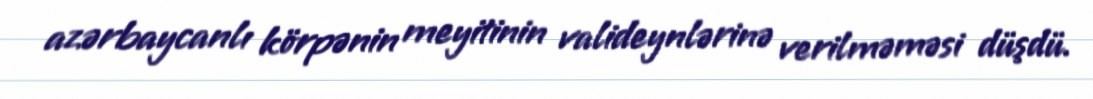
azərbaycanlı körpənin meyitinin valideynlərinə verilməməsi düşdü.